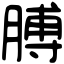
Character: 膊